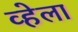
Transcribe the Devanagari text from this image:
व्हेला